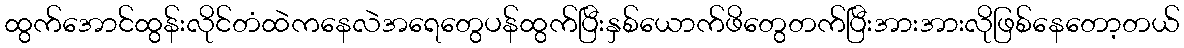
ထွက်အောင်ထွန်းလိုင်တံထဲကနေလဲအရေတွေပန်ထွက်ပြီးနှစ်ယောက်ဖိတွေတက်ပြီးအားအားလိုဖြစ်နေတော့တယ်